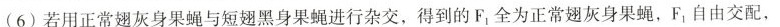
(6)若用正常翅灰身果蝇与短翅黑身果蝇进行杂交，得到的F全为正常翅灰身果蝇，F1自由交配，